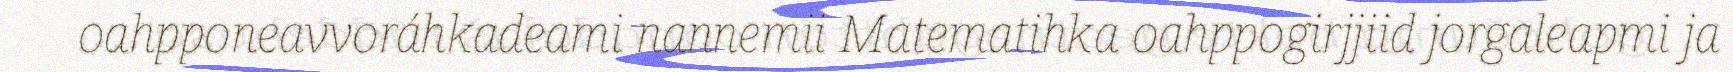
oahpponeavvoráhkadeami nannemii Matematihka oahppogirjjiid jorgaleapmi ja